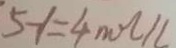
5 - 1 = 4 n o l / l